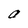
Character: a